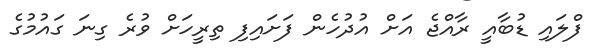
ފްލައި ޑުބާއީ ރާއްޖެ އަށް އުދުހެން ފަށައިފި ތިރީހަށް ވުރެ ގިނަ ގައުމުގެ